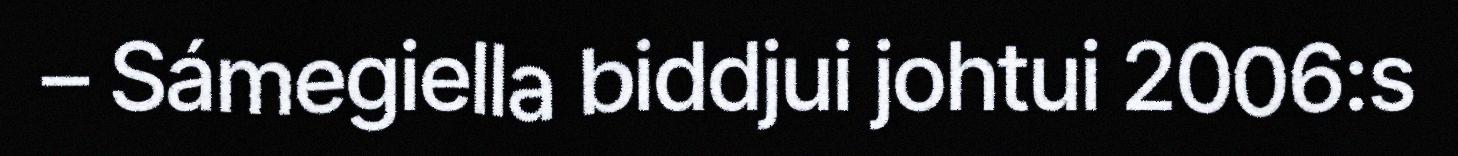
– Sámegiella biddjui johtui 2006:s